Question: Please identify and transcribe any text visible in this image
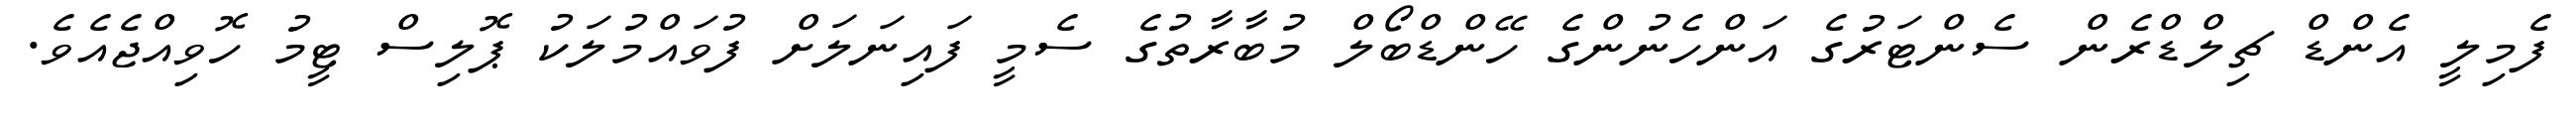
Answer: ފެމިލީ އެންޑް ޗިލްޑްރެން ސެންޓަރުގެ އަންހެނުންގެ ހޭންޑްބޯލް މުބާރާތުގެ ސެމީ ފައިނަލަށް ފުވައްމުލަކު ޕޮލިސް ޓީމު ހޮވިއްޖެއެވެ.